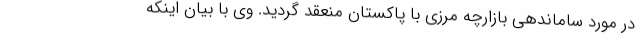
در مورد ساماندهی بازارچه مرزی با پاکستان منعقد گردید. وی با بیان اینکه